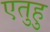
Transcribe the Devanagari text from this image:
एतुहु